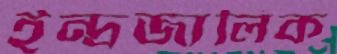
ইন্দ্রজালিক